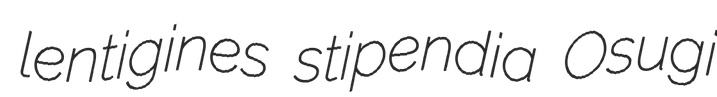
lentigines stipendia Osugi